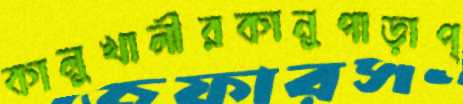
কালুখালীরকানুপাড়াপ্